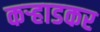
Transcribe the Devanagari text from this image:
कऱ्हाडकर